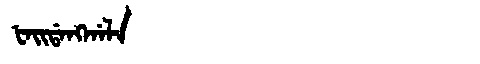
Manchu: ᡶᠠᡳᡩᠠᠩᡤᠠᠯᠠ
Romanization: FAIDANGGALA